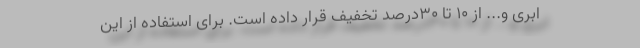
ابری و... از ۱۰ تا ۳۰درصد تخفیف قرار داده است. برای استفاده از این